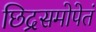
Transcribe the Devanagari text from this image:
छिद्रसमोपेतं